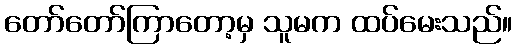
တော်တော်ကြာတော့မှ သူမက ထပ်မေးသည်။